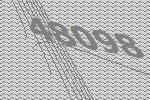
48098